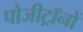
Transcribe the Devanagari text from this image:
पोजीट्रॉनों